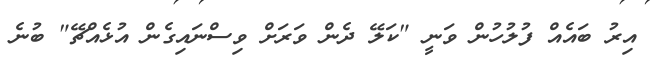
އިރު ބައެއް ފުލުހުން ވަނީ "ކަލޭ ދެން ވަރަށް ވިސްނައިގެން އުޅެއްޗޭ" ބުނެ